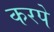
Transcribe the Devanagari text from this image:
करपे